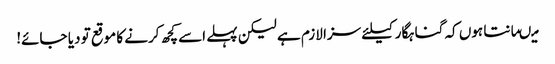
میںمانتا ہوں کہ گناہگار کیلئے سزا لازم ہے لیکن پہلے اسے کچھ کرنے کا موقع تو دیا جائے!